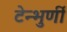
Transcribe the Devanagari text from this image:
टेन्भुर्णी